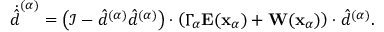
\dot { \hat { d } } ^ { ( \alpha ) } = \left( \mathcal { I } - \hat { d } ^ { ( \alpha ) } \hat { d } ^ { ( \alpha ) } \right) \cdot \left( \Gamma _ { \alpha } \mathbf { E } ( \mathbf { x } _ { \alpha } ) + \mathbf { W } ( \mathbf { x } _ { \alpha } ) \right) \cdot \hat { d } ^ { ( \alpha ) } .